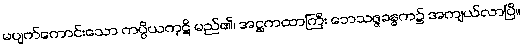
မပျက်ကောင်းသော ကပ္ပိယကုဋိ မည်၏၊ အဋ္ဌကထာကြီး ဘေသဇ္ဇခန္ဓက၌ အကျယ်လာပြီ။